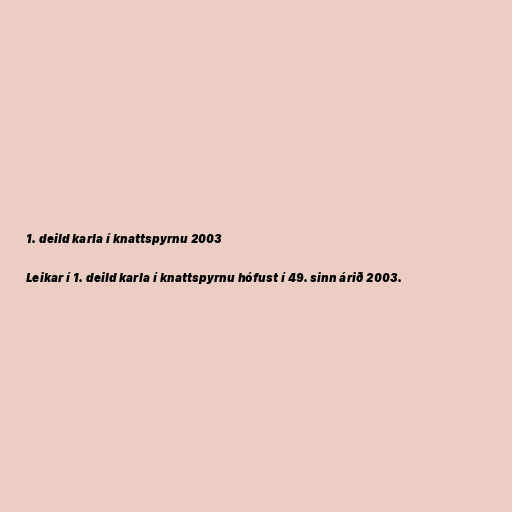
1. deild karla í knattspyrnu 2003

Leikar í 1. deild karla í knattspyrnu hófust í 49. sinn árið 2003.